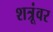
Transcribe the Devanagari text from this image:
शत्रूंवर